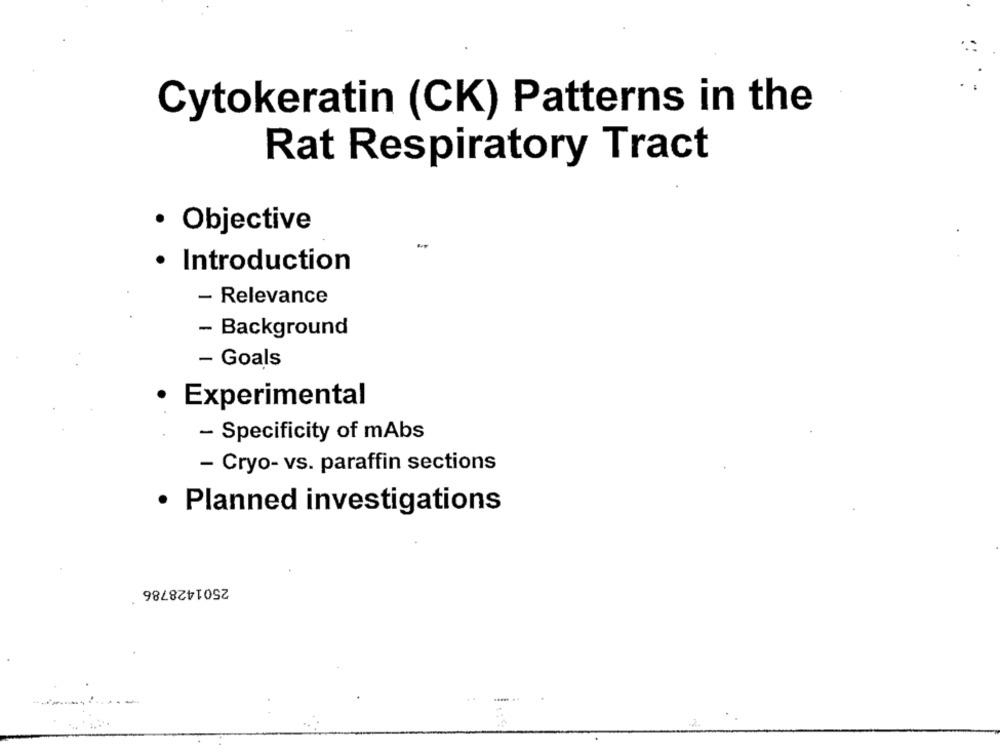
Cytokeratin (CK) Patterns in the
Rat Respiratory Tract
· Objective
· Introduction
- Relevance
- Background
- Goals
.
Experimental
- Specificity of mAbs
- Cryo- vs. paraffin sections
· Planned investigations
2501428786